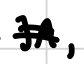
Text: JA,
Cross-out: double-line
Writing tool: digital_black